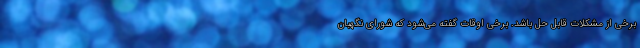
برخی از مشکلات قابل حل باشد. برخی اوقات گفته می‌شود که شورای نگهبان